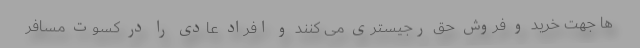
ها جهت خرید و فروش حق رجیستری می کنند و افراد عادی را در کسوت مسافر